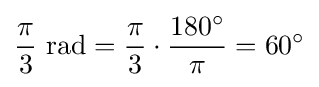
{\frac {\pi }{3}}{\text{ rad}}={\frac {\pi }{3}}\cdot {\frac {180^{\circ }}{\pi }}=60^{\circ }